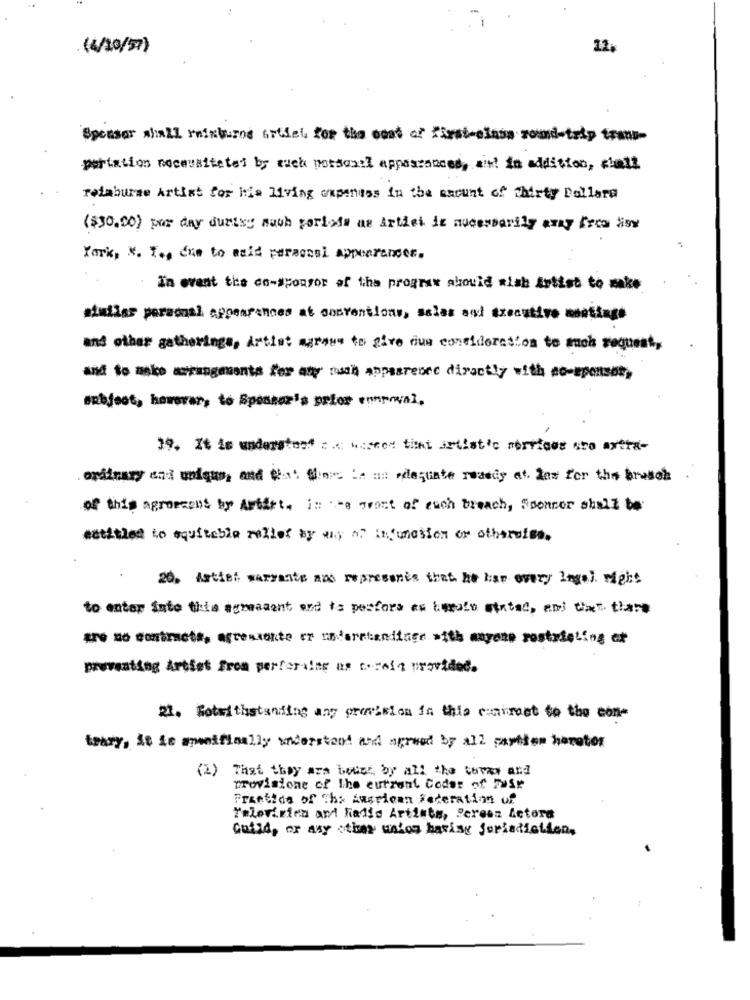
(4/10/57)
12
Sponsor shall rainturns artdel, for the cost of first-class round-trip tram-
-portation noseusitetei by auch potsex:l appasrances, at! in addition, cheil
reimburse Artist for his living oupeness in the amount of thirty Bollard
($30.00) por day duriky mach porfois as Artiei is nucessarily aray Arca disw
York, M. T ., due to acid personal appearances.
In event the co-sponsor of the program abouid wish Artist to make
simliar personal appearances at conventions, salas asi executivo montage
and other gatherings, Artist agrous to give rue consideration to much request,
and to make arrangements for aty rwh apparence directly with co-sponsor
webfoot, however, to Sponsor's seler empal,
39. It is understoof : . c ... con tint artistic services sro axtra-
ordinary and unique, and West Shops LA an wdlejunte rwdedy at. low for the brusch
of this agromment by Artist. in the grant of each breach, Sponsor shall be
entitled to equitable relief by way of infunction or otherwise.
20. Astist warrants and represents that he has overy legal right
to enter into tite armament, and ta perfora es timolo stated, ami das tiara
are no contracts, agresconte er ronarstandiner with anyone rostrteLing et
preventing Artist from perferaine as torois provided.
23. Notwithstanding any provision in this esmirost to the con-
teary, it is menifinally understand and agreed by all parties harotor
(2) That they are better by all the turer and
provisione of the current Codes of Zusr
Fraetida of The American Federation of
Televirien and Radis Artists, Peresz Actora
Guild, or any other union having jurisdiction,